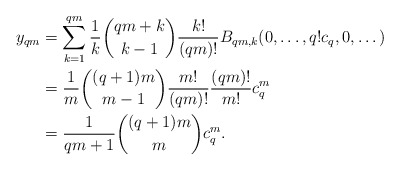
\begin{align*} y_{qm} &=\sum_{k=1}^{qm} \frac{1}{k}\binom{qm+k}{k-1}\frac{k!}{(qm)!}B_{qm,k}(0,\dots,q!c_q,0,\dots)\\&=\frac{1}{m}\binom{(q+1)m}{m-1}\frac{m!}{(qm)!}\frac{(qm)!}{m!}c_q^m \\&= \frac{1}{qm+1}\binom{(q+1)m}{m}c_q^m.\end{align*}